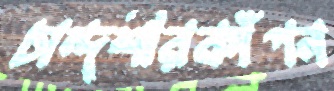
চান্দশীরকাঁপন